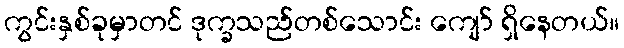
ကွင်းနှစ်ခုမှာတင် ဒုက္ခသည်တစ်သောင်း ကျော် ရှိနေတယ်။